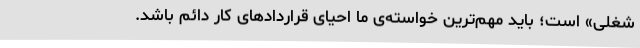
شغلی» است؛ باید مهم‌ترین خواسته‌ی ما احیای قراردادهای کار دائم باشد.